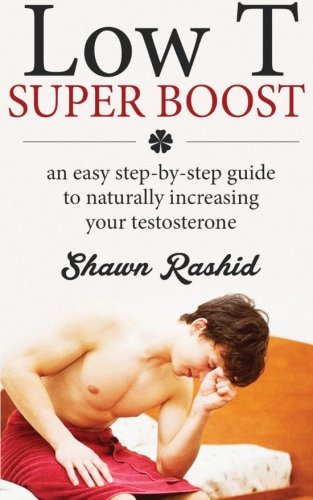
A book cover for Low T Super Boost : An Easy Step by Step guide to Naturally increasing your Test; Shawn Rashid; Medical Books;